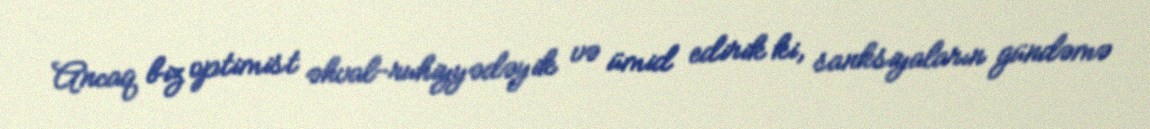
Ancaq biz optimist əhval-ruhiyyədəyik və ümid edirik ki, sanksiyaların gündəmə